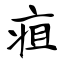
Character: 疽